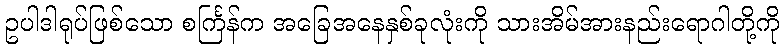
ဥပါဒါရုပ်ဖြစ်သော စင်္ကြန်က အခြေအနေနှစ်ခုလုံးကို သားအိမ်အားနည်းရောဂါတို့ကို